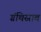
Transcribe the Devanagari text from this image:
ग्रंथिस्राव